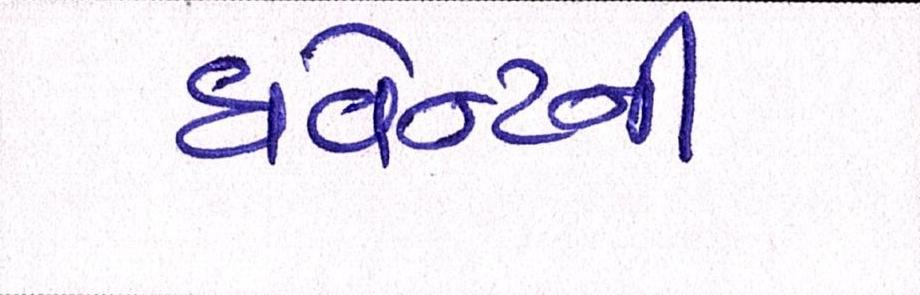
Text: ઇવેન્ટની